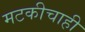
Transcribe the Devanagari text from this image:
मटकीचाही